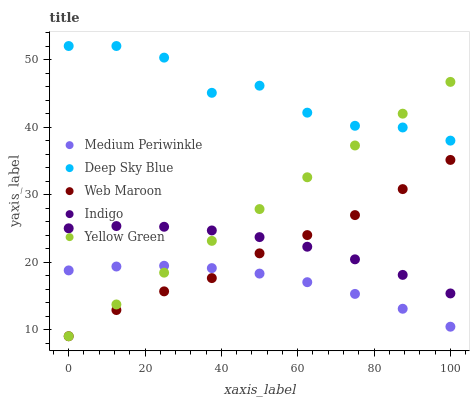
| xaxis_label | Medium Periwinkle | Deep Sky Blue | Web Maroon | Indigo | Yellow Green |
 | --- | --- | --- | --- | --- | --- |
 | 0 | 18.8 | 52 | 9 | 25 | 9 |
 | 12.5 | 19.3 | 52 | 12.9 | 25.3 | 13.7 |
 | 25 | 19.4 | 50.3 | 15.7 | 25.2 | 18.4 |
 | 37.5 | 19.1 | 45.1 | 17.6 | 24.7 | 23.1 |
 | 50 | 18.3 | 46.1 | 21.3 | 23.7 | 27.8 |
 | 62.5 | 17 | 42.1 | 24 | 22.3 | 32.6 |
 | 75 | 15.3 | 40.2 | 27 | 20.4 | 37.3 |
 | 87.5 | 13.1 | 39.9 | 30.8 | 18.1 | 42 |
 | 100 | 10.4 | 38 | 35.1 | 15.3 | 46.7 |